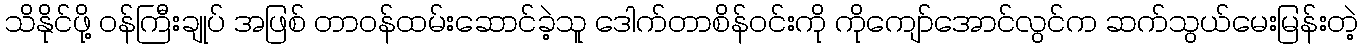
သိနိုင်ဖို့ ဝန်ကြီးချုပ် အဖြစ် တာဝန်ထမ်းဆောင်ခဲ့သူ ဒေါက်တာစိန်ဝင်းကို ကိုကျော်အောင်လွင်က ဆက်သွယ်မေးမြန်းတဲ့